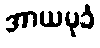
အာယမုခံ